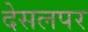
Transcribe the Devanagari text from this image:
देसलपर